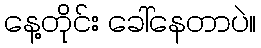
နေ့တိုင်း ခေါ်နေတာပဲ။